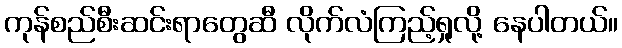
ကုန်စည်စီးဆင်းရာတွေဆီ လိုက်လံကြည့်ရှုလို့ နေပါတယ်။